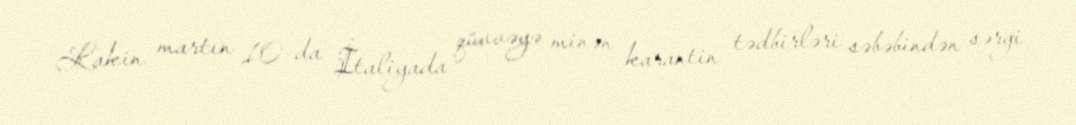
Lakin martın 10-da İtaliyada qüvvəyə minən karantin tədbirləri səbəbindən sərgi